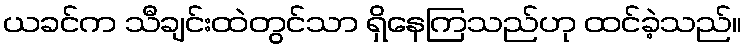
ယခင်က သီချင်းထဲတွင်သာ ရှိနေကြသည်ဟု ထင်ခဲ့သည်။